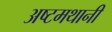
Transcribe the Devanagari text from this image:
अष्टमथानी